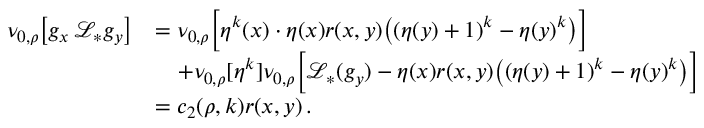
\begin{array} { r l } { \nu _ { 0 , \rho } \big [ g _ { x } \, \mathcal L _ { * } g _ { y } \big ] } & { = \nu _ { 0 , \rho } \Big [ \eta ^ { k } ( x ) \cdot \eta ( x ) r ( x , y ) \big ( ( \eta ( y ) + 1 ) ^ { k } - \eta ( y ) ^ { k } \big ) \Big ] } \\ & { \quad + \nu _ { 0 , \rho } [ \eta ^ { k } ] \nu _ { 0 , \rho } \Big [ \mathcal L _ { * } ( g _ { y } ) - \eta ( x ) r ( x , y ) \big ( ( \eta ( y ) + 1 ) ^ { k } - \eta ( y ) ^ { k } \big ) \Big ] } \\ & { = c _ { 2 } ( \rho , k ) r ( x , y ) \, . } \end{array}